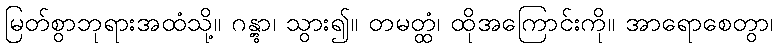
မြတ်စွာဘုရားအထံသို့။ ဂန္တွာ၊ သွား၍။ တမတ္ထံ၊ ထိုအကြောင်းကို။ အာရောစေတွာ၊